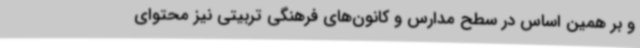
و بر همین اساس در سطح مدارس و کانون‌های فرهنگی تربیتی نیز محتوای